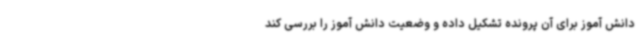
دانش آموز برای آن پرونده تشکیل داده و وضعیت دانش آموز را بررسی کند